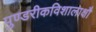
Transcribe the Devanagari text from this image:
पुण्डरीकविशालाक्षौ